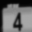
Digit: 4